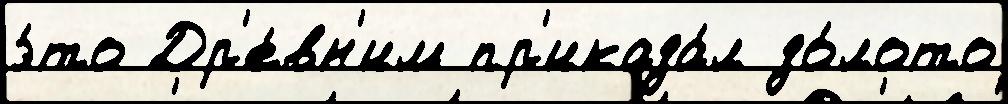
э́то Др'е́вн'им пр'иказа́л зо́лото